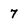
Character: 7